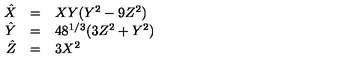
\begin{array} { r c l } { \hat { X } } & { = } & { X Y ( Y ^ { 2 } - 9 Z ^ { 2 } ) } \\ { \hat { Y } } & { = } & { 4 8 ^ { 1 / 3 } ( 3 Z ^ { 2 } + Y ^ { 2 } ) } \\ { \hat { Z } } & { = } & { 3 X ^ { 2 } } \\ \end{array}